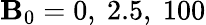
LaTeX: \mathbf{B}_{0}=0,\ 2.5,\ 100